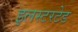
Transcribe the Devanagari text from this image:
इलस्टरटेड